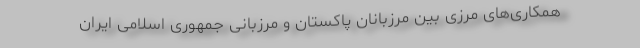
همکاری‌های مرزی بین مرزبانان پاکستان و مرزبانی جمهوری اسلامی ایران